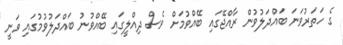
ގެ ހަތަރުވަނަ ބައްދަލުވުން ރާއްޖޭގައި ބޭއްވުމަށް ވެސް ދިއްލީގައި ބޭއްްވުނު ބައްދަލުވުމުގައި ވަނީ